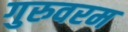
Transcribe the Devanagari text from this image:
गुरुवरम